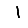
Digit: 1